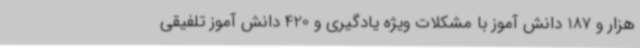
هزار و 187 دانش آموز با مشکلات ویژه یادگیری و 420 دانش آموز تلفیقی